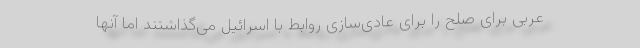
عربی برای صلح را برای عادی‌سازی روابط با اسرائیل می‌گذاشتند اما آنها